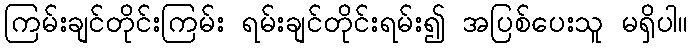
ကြမ်းချင်တိုင်းကြမ်း ရမ်းချင်တိုင်းရမ်း၍ အပြစ်ပေးသူ မရှိပါ။